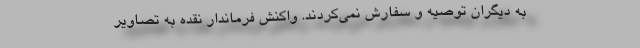
به دیگران توصیه و سفارش نمی‌کردند. واکنش فرماندار نقده به تصاویر